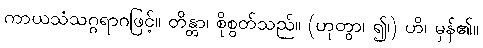
ကာယသံသဂ္ဂရာဂဖြင့်။ တိန္တာ၊ စိုစွတ်သည်။ (ဟုတွာ၊ ၍၊) ဟိ၊ မှန်၏။